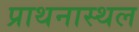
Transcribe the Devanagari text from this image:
प्राथनास्थल